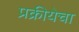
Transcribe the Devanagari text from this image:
प्रक्रीयेचा